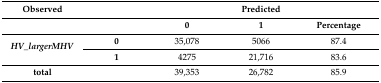
<table><thead><tr><td><b>Observed</b></td><td></td><td></td><td><b>Predicted</b></td><td></td></tr><tr><td></td><td></td><td><b>0</b></td><td><b>1</b></td><td><b>Percentage</b></td></tr></thead><tbody><tr><td rowspan="2"><b><i>HV_largerMHV</i></b></td><td><b>0</b></td><td>35,078</td><td>5066</td><td>87.4</td></tr><tr><td><b>1</b></td><td>4275</td><td>21,716</td><td>83.6</td></tr><tr><td><b>total</b></td><td></td><td>39,353</td><td>26,782</td><td>85.9</td></tr></tbody></table>